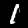
Label: 1